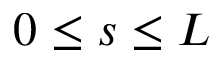
0 \leq s \leq L